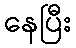
နေပြီး